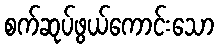
စက်ဆုပ်ဖွယ်ကောင်းသော